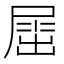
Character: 𡲬